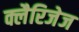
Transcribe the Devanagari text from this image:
क्लैरिजेज